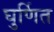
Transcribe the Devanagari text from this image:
घुर्णित